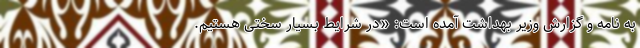
به نامه و گزارش وزیر بهداشت آمده است: «در شرایط بسیار سختی هستیم.